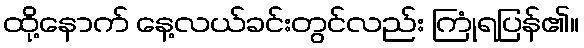
ထို့နောက် နေ့လယ်ခင်းတွင်လည်း ကြုံရပြန်၏။